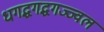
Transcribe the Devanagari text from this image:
धगद्धगद्धगज्ज्वल